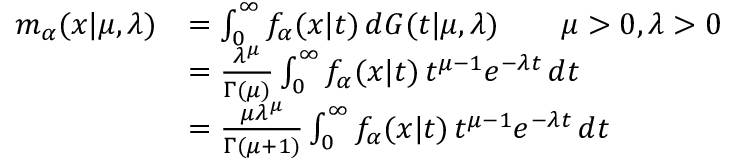
\begin{array} { r l } { m _ { \alpha } ( x \vert \mu , \lambda ) } & { = \int _ { 0 } ^ { \infty } f _ { \alpha } ( x \vert t ) \, d G ( t \vert \mu , \lambda ) \qquad \mu > 0 , \lambda > 0 } \\ & { = \frac { \lambda ^ { \mu } } { \Gamma ( \mu ) } \int _ { 0 } ^ { \infty } f _ { \alpha } ( x \vert t ) \, t ^ { \mu - 1 } e ^ { - \lambda t } \, d t } \\ & { = \frac { \mu \lambda ^ { \mu } } { \Gamma ( \mu + 1 ) } \int _ { 0 } ^ { \infty } f _ { \alpha } ( x \vert t ) \, t ^ { \mu - 1 } e ^ { - \lambda t } \, d t } \end{array}